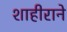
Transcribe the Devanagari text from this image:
शाहीराने